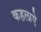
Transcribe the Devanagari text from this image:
कहलाऐ